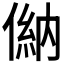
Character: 𠌦